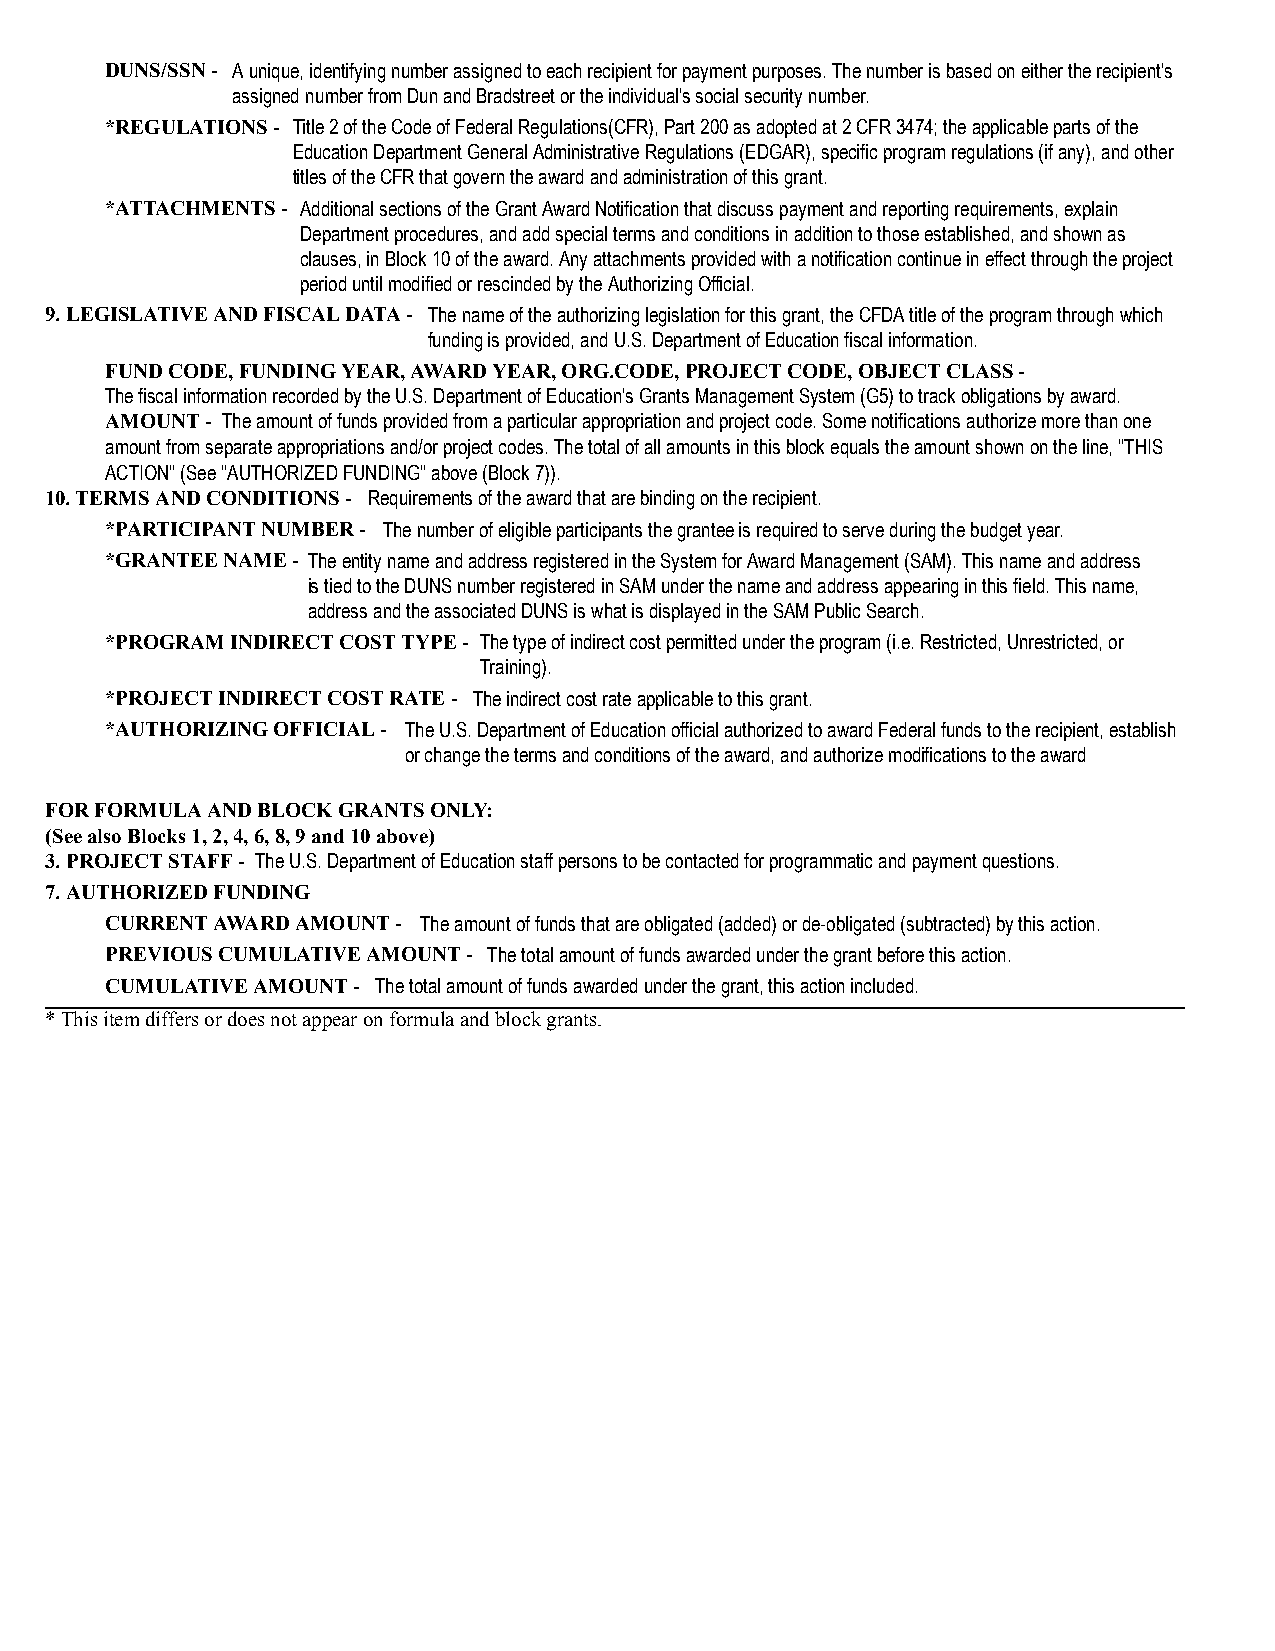
DUNS/SSN - A unique, identifying number assigned to each recipient for payment purposes. The number is based on either the recipient's
 assigned number from Dun and Bradstreet or the individual's social security number.
 *REGULATIONS - Title 2 of the Code of Federal Regulations(CFR), Part 200 as adopted at 2 CFR 3474; the applicable parts of the
 Education Department General Administrative Regulations (EDGAR), specific program regulations (if any), and other
 titles of the CFR that govern the award and administration of this grant.
 *ATTACHMENTS - Additional sections of the Grant Award Notification that discuss payment and reporting requirements, explain
 Department procedures, and add special terms and conditions in addition to those established, and shown as
 clauses, in Block 10 of the award. Any attachments provided with a notification continue in effect through the project
 period until modified or rescinded by the Authorizing Official.
 9. LEGISLATIVE AND FISCAL DATA - The name of the authorizing legislation for this grant, the CFDA title of the program through which
 funding is provided, and U.S. Department of Education fiscal information.
 FUND CODE, FUNDING YEAR, AWARD YEAR, ORG.CODE, PROJECT CODE, OBJECT CLASS -
 The fiscal information recorded by the U.S. Department of Education's Grants Management System (G5) to track obligations by award.
 AMOUNT - The amount of funds provided from a particular appropriation and project code. Some notifications authorize more than one
 amount from separate appropriations and/or project codes. The total of all amounts in this block equals the amount shown on the line, "THIS
 ACTION" (See "AUTHORIZED FUNDING" above (Block 7)).
 10. TERMS AND CONDITIONS - Requirements of the award that are binding on the recipient.
 *PARTICIPANT NUMBER - The number of eligible participants the grantee is required to serve during the budget year.
 *GRANTEE NAME - The entity name and address registered in the System for Award Management (SAM). This name and address
 is tied to the DUNS number registered in SAM under the name and address appearing in this field. This name,
 address and the associated DUNS is what is displayed in the SAM Public Search.
 *PROGRAM INDIRECT COST TYPE - The type of indirect cost permitted under the program (i.e. Restricted, Unrestricted, or
 Training).
 *PROJECT INDIRECT COST RATE - The indirect cost rate applicable to this grant.
 *AUTHORIZING OFFICIAL - The U.S. Department of Education official authorized to award Federal funds to the recipient, establish
 or change the terms and conditions of the award, and authorize modifications to the award
 FOR FORMULA AND BLOCK GRANTS ONLY:
 (See also Blocks 1, 2, 4, 6, 8, 9 and 10 above)
 3. PROJECT STAFF - The U.S. Department of Education staff persons to be contacted for programmatic and payment questions.
 7. AUTHORIZED FUNDING
 CURRENT AWARD AMOUNT - The amount of funds that are obligated (added) or de-obligated (subtracted) by this action.
 PREVIOUS CUMULATIVE AMOUNT - The total amount of funds awarded under the grant before this action.
 CUMULATIVE AMOUNT - The total amount of funds awarded under the grant, this action included.
 * This item differs or does not appear on formula and block grants.